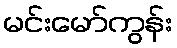
မင်းမော်ကွန်း